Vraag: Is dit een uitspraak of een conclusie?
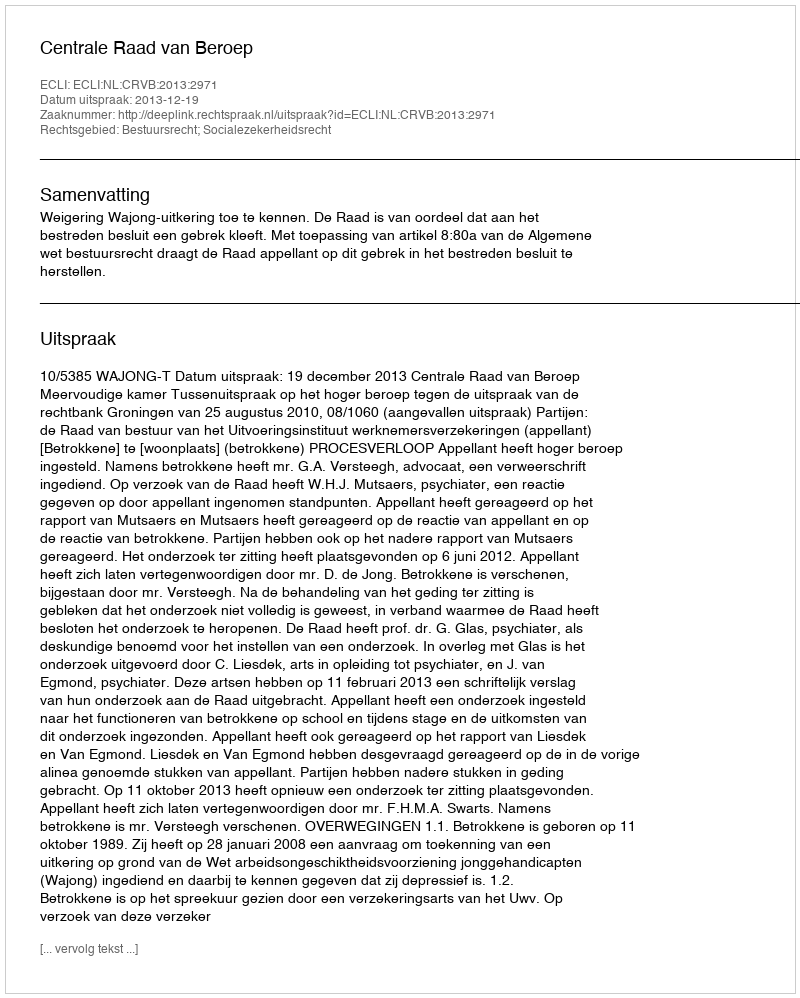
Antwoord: Uitspraak